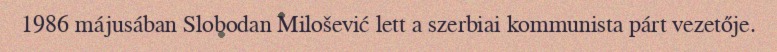
1986 májusában Slobodan Milošević lett a szerbiai kommunista párt vezetője.